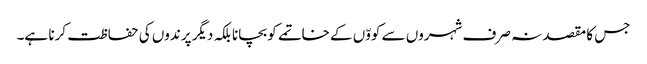
جس کا مقصد نہ صرف شہروں سے کووّں کے خاتمے کو بچانا بلکہ دیگر پرندوں کی حفاظت کرنا ہے۔